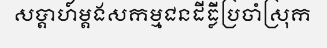
សប្តាហ៍ម្តងសកម្មជនដីធ្លីប្រចាំស្រុក